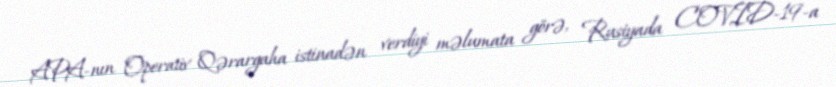
APA-nın Operativ Qərargaha istinadən verdiyi məlumata görə, Rusiyada COVID-19-a